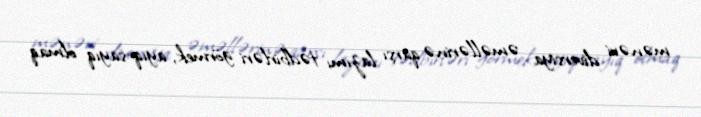
mənəvi diversiya əməllərinə qarşı lazımı tədbirləri görmek, ayıq-sayıq olmaq